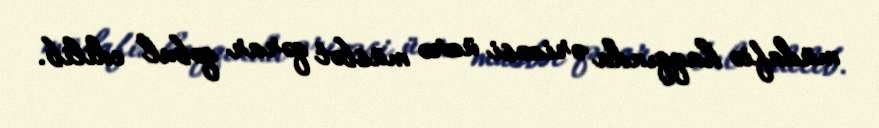
müdafiə haqqında ərizəsi üzrə müsbət qərar qəbul edilib.